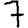
Digit: 7